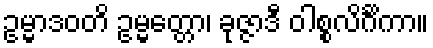
ဥမ္မာဒဝတိ ဥမ္မတ္တော၊ ခုဇ္ဇာဒီ ဝါစ္စလိင်္ဂိကာ။